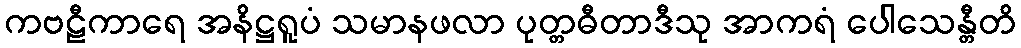
ကဗဠီကာရေ အနိဋ္ဌရူပံ သမာနဖလာ ပုတ္တဓီတာဒီသု အာကရံ ပေါသေန္တီတိ